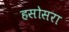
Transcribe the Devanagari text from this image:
हसोसरा